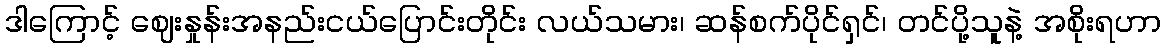
ဒါကြောင့် ဈေးနှုန်းအနည်းငယ်ပြောင်းတိုင်း လယ်သမား၊ ဆန်စက်ပိုင်ရှင်၊ တင်ပို့သူနဲ့ အစိုးရဟာ